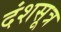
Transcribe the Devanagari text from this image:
दंशसूत्र